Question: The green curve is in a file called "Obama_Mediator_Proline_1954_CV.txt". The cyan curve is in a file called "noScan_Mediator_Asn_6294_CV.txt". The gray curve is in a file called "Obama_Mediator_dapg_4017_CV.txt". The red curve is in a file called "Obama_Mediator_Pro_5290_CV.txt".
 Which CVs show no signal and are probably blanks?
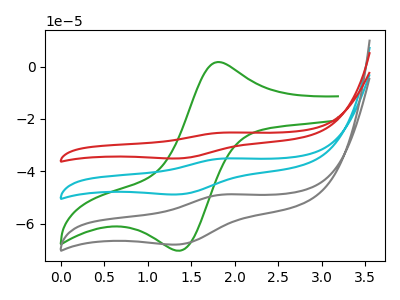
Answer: <think>The green curve "Mediator + Proline" has an anodic peak at (1.85V, 1.70uA) and a cathodic peak at (1.40V, -70.20uA). The cyan curve "Mediator + Asn" has an anodic peak at (1.90V, -35.05uA) and a cathodic peak at (1.35V, -48.75uA). The gray curve "Mediator + dapg" has an anodic peak at (1.90V, -48.80uA) and a cathodic peak at (1.35V, -67.85uA). The red curve "Mediator + Pro" has an anodic peak at (1.90V, -70.15uA) and a cathodic peak at (1.35V, -97.55uA).</think>
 <answer>There are not any CV's on this graph that are likely to be blanks.</answer>
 <eval>none</eval>